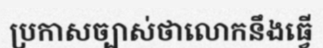
ប្រកាសច្បាស់ថាលោកនឹងធ្វើ